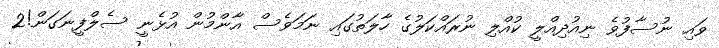
ވައި ނުސާފުވެ ނިއުދިއްލީ ކުއްލި ނުރައްކަލުގެ ހާލަތުގައި ނަމަވެސް އާންމުން އުޅެނީ ސެލްފީނަގަން!2